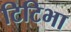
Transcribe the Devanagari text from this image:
टिटिभा